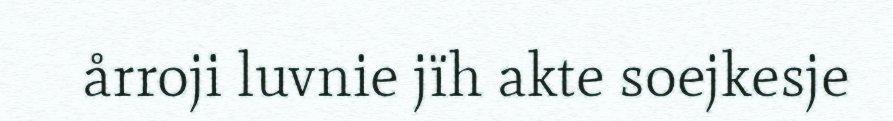
årroji luvnie jïh akte soejkesje